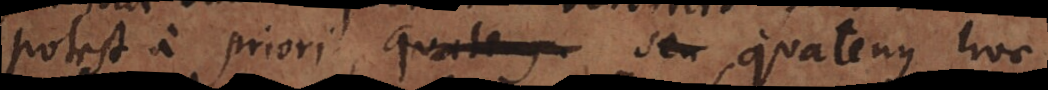
potest a priori, quatenus seu quatenus hoc